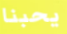
يحبنا